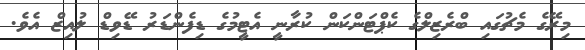
މިރޭގެ މެޗުގައި ބްރެޒިލްގެ ކެޕްޓަންކަން ކުރާނީ އެޓީމުގެ ޑިފެންޑަރު ޑޭވިޑް ލުއިޒް އެވެ.